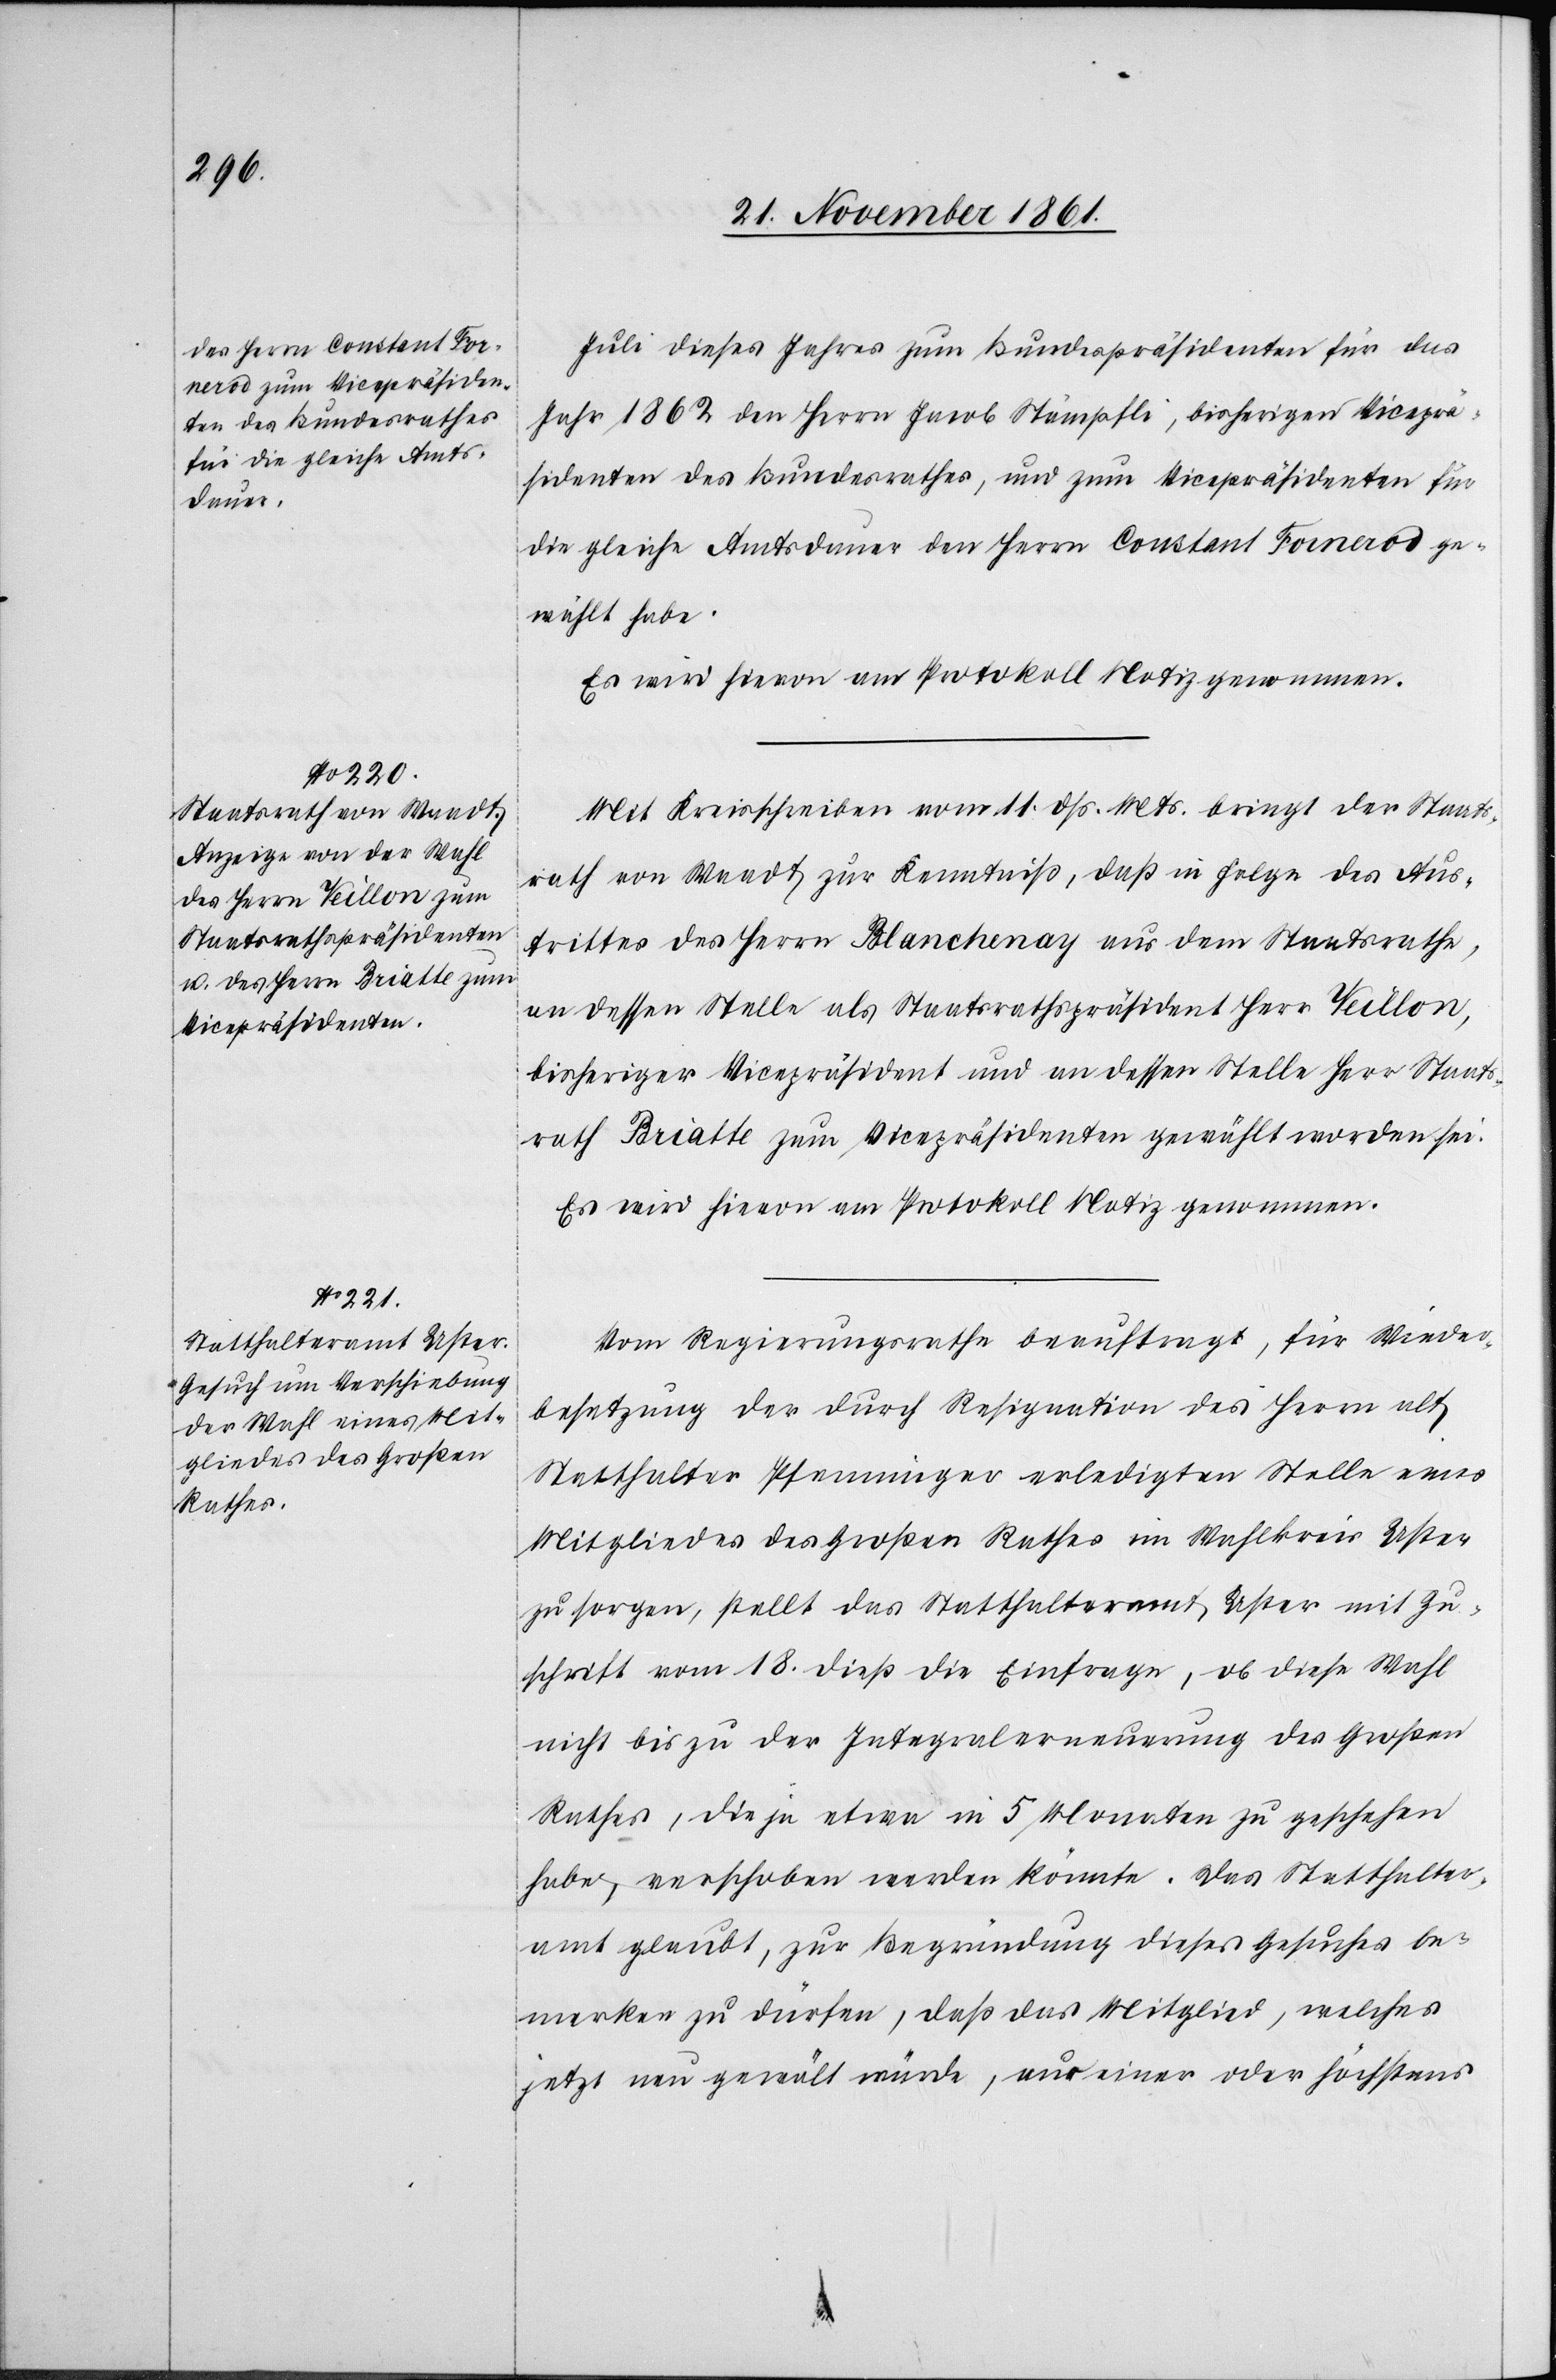
Juli dieses Jahres zum Bundespräsidenten für das
Jahr 1862 den Herrn Jacob Stämpfli, bisherigen Viceprä¬
sidenten des Bundesrathes, und zum Vicepräsidenten für
die gleiche Amtsdauer den Herrn Constant Fornerod ge¬
wählt habe.
Mit Kreisschreiben vom 11 dß. Mts. bringt der Staats¬
rath von Waadt zur Kenntniß, daß in Folge des Aus¬
trittes des Herrn Blachenay aus dem Staatsrathe,
an dessen Stelle als Staatsrathspräsident Herr Teillon,
bisheriger Vicepräsident und an dessen Stelle Herr Staats¬
rath Briatte zum Vicepräsidenten gewählt worden sei.
Es wird hievon am Protokoll Notiz genommen.
Vom Regierungsrathe beauftragt, für Wieder¬
besetzung der durch Resignation des Herrn alt
Statthalter Pfenninger erledigten Stelle eines
Mitgliedes des Großen Rathes im Wahlkreis Uster
zu sorgen, stellt das Statthalteramt Uster mit Zu¬
schrift vom 18 dieß die Einfrage, ob diese Wahl
nicht bis zu der Integralerneuerung des Großen
Rathes, die ja etwa in 5 Monaten zu geschehen
habe, verschoben werden könnte. Das Statthalter¬
amt glaubt, zur Begründung dieses Gesuches be¬
merken zu dürfen, daß das Mitglied, welches
jetzt neu gewält würde, nur einer oder höchstens